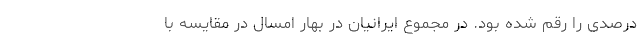
درصدی را رقم شده بود. در مجموع ایرانیان در بهار امسال در مقایسه با